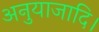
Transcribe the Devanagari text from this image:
अनुयाजादि।